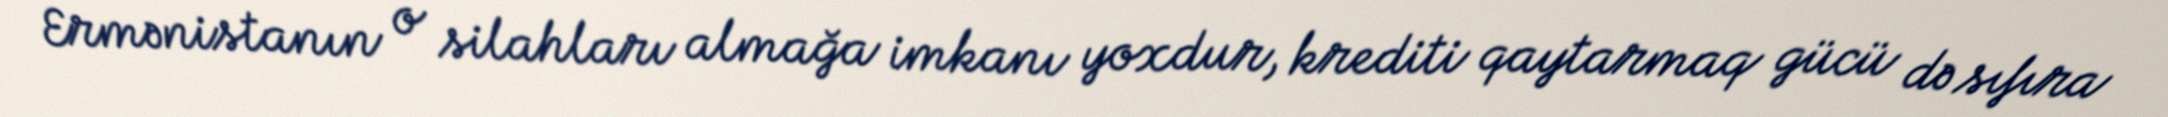
Ermənistanın o silahları almağa imkanı yoxdur, krediti qaytarmaq gücü də sıfıra